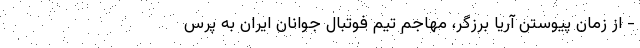
- از زمان پیوستن آریا برزگر، مهاجم تیم فوتبال جوانان ایران به پرس